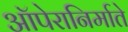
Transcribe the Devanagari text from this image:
ऑपेरानिर्माते